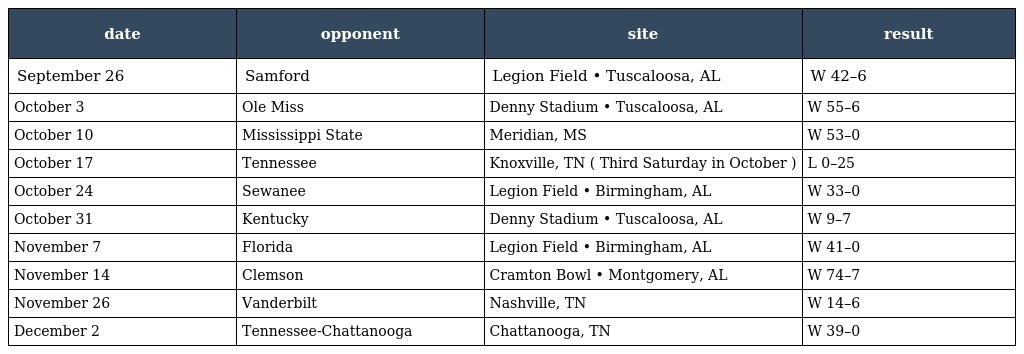
| date | opponent | site | result |
 | --- | --- | --- | --- |
 | September 26 | Samford | Legion Field • Tuscaloosa, AL | W 42–6 |
 | October 3 | Ole Miss | Denny Stadium • Tuscaloosa, AL | W 55–6 |
 | October 10 | Mississippi State | Meridian, MS | W 53–0 |
 | October 17 | Tennessee | Knoxville, TN ( Third Saturday in October ) | L 0–25 |
 | October 24 | Sewanee | Legion Field • Birmingham, AL | W 33–0 |
 | October 31 | Kentucky | Denny Stadium • Tuscaloosa, AL | W 9–7 |
 | November 7 | Florida | Legion Field • Birmingham, AL | W 41–0 |
 | November 14 | Clemson | Cramton Bowl • Montgomery, AL | W 74–7 |
 | November 26 | Vanderbilt | Nashville, TN | W 14–6 |
 | December 2 | Tennessee-Chattanooga | Chattanooga, TN | W 39–0 |